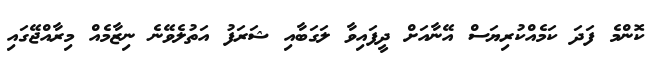
ކޮންމެ ފަދަ ކަމެއްކުރިޔަސް އޭނާއަށް ދީފައިވާ ލަގަބާއި ޝަރަފު އަތުލެވޭނެ ނިޒާމެއް މިރާއްޖޭގައި